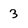
Character: 3